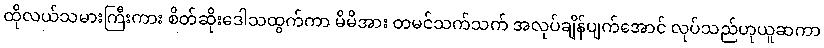
ထိုလယ်သမားကြီးကား စိတ်ဆိုးဒေါသထွက်ကာ မိမိအား တမင်သက်သက် အလုပ်ချိန်ပျက်အောင် လုပ်သည်ဟုယူဆကာ